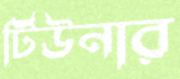
টিউনার